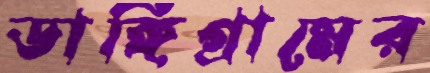
ডাঙ্গিগ্রামের